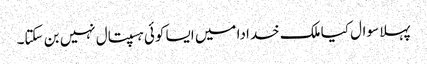
پہلا سوال کیا ملک خدادا میں ایسا کوئی ہسپتال نہیں بن سکتا۔